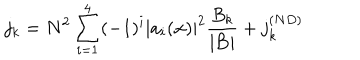
LaTeX: j _ { k } = N ^ { 2 } \sum _ { i = 1 } ^ { 4 } ( - 1 ) ^ { i } | a _ { i } ( { \bf x } ) | ^ { 2 } \frac { B _ { k } } { | { \bf B } | } + j _ { k } ^ { ( N D ) }